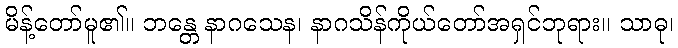
မိန့်တော်မူ၏။ ဘန္တေ နာဂသေန၊ နာဂသိန်ကိုယ်တော်အရှင်ဘုရား။ သာဓု၊